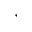
,